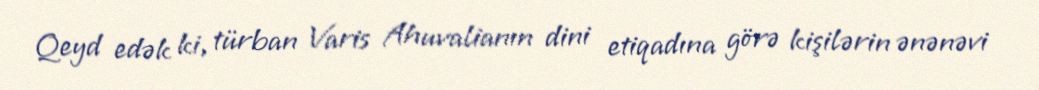
Qeyd edək ki, türban Varis Ahuvalianın dini etiqadına görə kişilərin ənənəvi